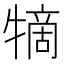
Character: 㹍